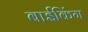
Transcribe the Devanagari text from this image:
बाईकिंग